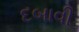
દબાવી